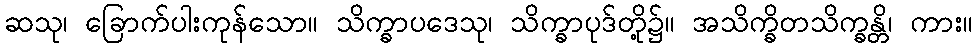
ဆသု၊ ခြောက်ပါးကုန်သော။ သိက္ခာပဒေသု၊ သိက္ခာပုဒ်တို့၌။ အသိက္ခိတသိက္ခန္တိ၊ ကား။